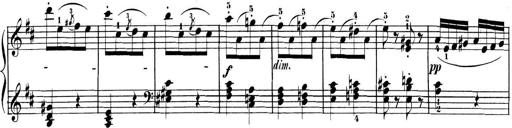
Title: 3 Sonatinen, Op.8
Composer: Isidor Wilhelm Seiss